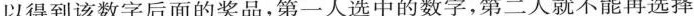
以得到该数字后面的奖品，第一人选中的数字，第二人就不能再选择